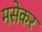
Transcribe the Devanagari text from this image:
मसेकर